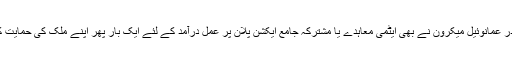
فرانس کے صدر عمانوئیل میکرون نے بھی ایٹمی معاہدے یا مشترکہ جامع ایکشن پلان پر عمل درآمد کے لئے ایک بار پھر اپنے ملک کی حمایت کا اعلان کیاہے۔